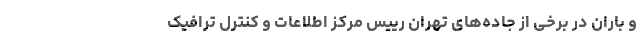
و باران در برخی از جاده‌های تهران رییس مرکز اطلاعات و کنترل ترافیک